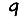
Digit: 9